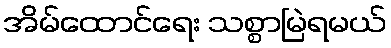
အိမ်ထောင်ရေး သစ္စာမြဲရမယ်